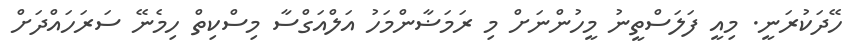
ހޭދަކުރަނީ. މިއީ ފަލަސްތީނު މީހުންނަށް މި ރަމަޟާންމަހު އަލްއަގްސާ މިސްކިތް ހިމެނޭ ސަރަހައްދަށް